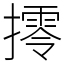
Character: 㩕